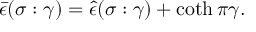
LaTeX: \bar { \epsilon } ( \sigma : \gamma ) = \hat { \epsilon } ( \sigma : \gamma ) + \coth \pi \gamma .